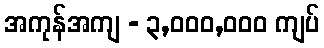
အကုန်အကျ - ၃,၀၀၀,၀၀၀ ကျပ်